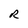
Character: R